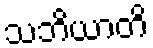
သဘိယာတိ